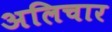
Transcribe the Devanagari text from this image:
अलिचार